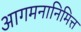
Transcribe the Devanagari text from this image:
आगमनानिमित्त